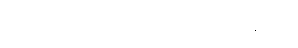
မြင့်ဆုံး လက်ထောက် ဆရာဝန်ပေ။